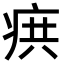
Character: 𭼊